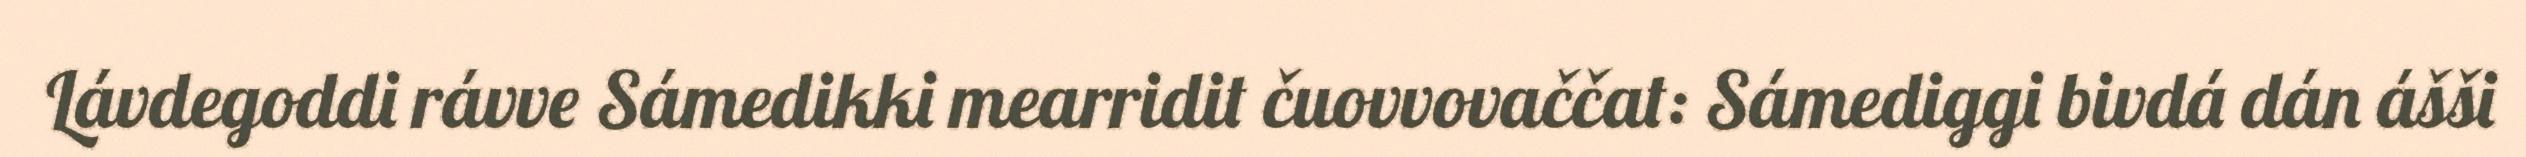
Lávdegoddi rávve Sámedikki mearridit čuovvovaččat: Sámediggi bivdá dán ášši